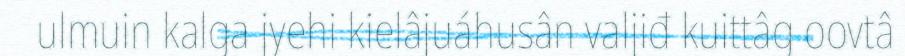
ulmuin kalga jyehi kielâjuáhusân valjiđ kuittâg oovtâ